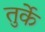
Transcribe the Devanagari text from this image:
तुर्के